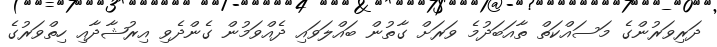
ދަރިވަރުންގެ މަސައްކަތް ތާއަބަދުމެ ވަރަށް ގާތުން ބައްލަވައި ދެއްވަމުން ގެންދެވި އިރުޝާދާއި ހިތްވަރުގެ